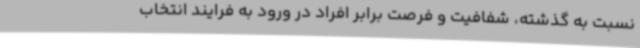
نسبت به گذشته، شفافیت و فرصت برابر افراد در ورود به فرایند انتخاب